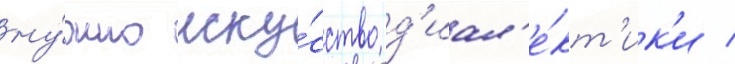
ну́жно иску́сство д'иал'е́кт'ик'и /